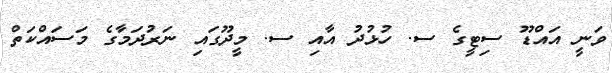
ވަނީ އައްޑޫ ސިޓީގެ ސ. ހުޅުދު އާއި ސ. މީދޫގައި ނަރުދަމާގެ މަސައްކަތް